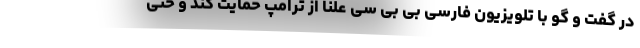
در گفت و گو با تلویزیون فارسی بی بی سی علنا از ترامپ حمایت کند و حتی